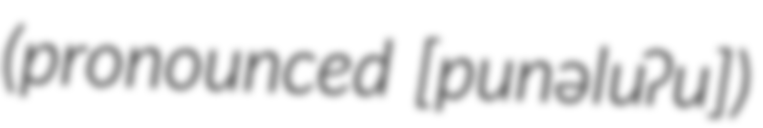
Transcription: (pronounced [punəluʔu])